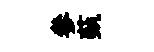
參蓺